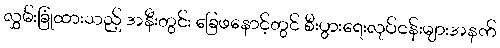
လွှမ်းခြုံထားသည့် အနီးတွင်း ခြေဖနောင့်တွင် စီးပွားရေးလုပ်ငန်းများအနက်